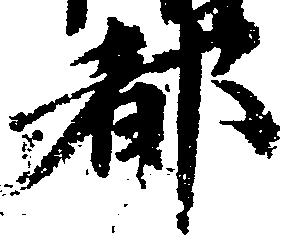
都